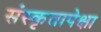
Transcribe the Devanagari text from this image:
संस्कृतापेक्षा